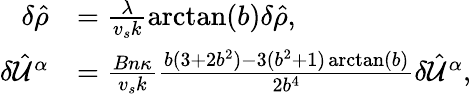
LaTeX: \begin{array}{rl}{\delta\hat{\rho}}&{=\frac{\lambda}{v_{s}k}\arctan(b)\delta\hat{\rho},}\\ {\delta\hat{\mathcal{U}}^{\alpha}}&{=\frac{Bn\kappa}{v_{s}k}\frac{b(3+2b^{2})-3(b^{2}+1)\arctan(b)}{2b^{4}}\delta\hat{\mathcal{U}}^{\alpha},}\end{array}